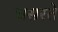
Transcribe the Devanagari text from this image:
घसरते